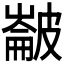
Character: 𭽵